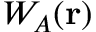
W _ { A } ( \mathbf { r } )